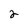
Character: 2